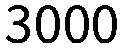
3000